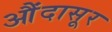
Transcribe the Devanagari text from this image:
औंदासूर